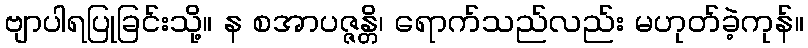
ဗျာပါရပြုခြင်းသို့။ န စအာပဇ္ဇန္တိ၊ ရောက်သည်လည်း မဟုတ်ခဲ့ကုန်။